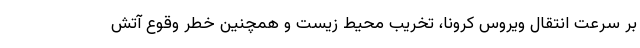
بر سرعت انتقال ویروس کرونا، تخریب محیط زیست و همچنین خطر وقوع آتش